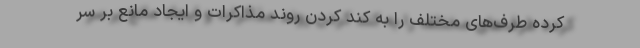
کرده طرف‌های مختلف را به کند کردن روند مذاکرات و ایجاد مانع بر سر